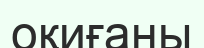
оқиғаны